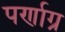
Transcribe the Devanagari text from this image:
पर्णाग्र